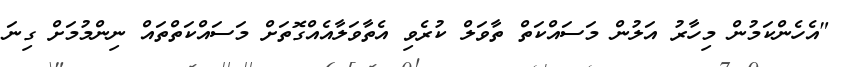
"އެހެންކަމުން މިހާރު އަލުން މަސައްކަތް ތާވަލް ކުރެވި އެތާވަލާއެއްގޮތަށް މަސައްކަތްތައް ނިންމުމަށް ގިނަ